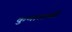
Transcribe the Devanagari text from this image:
कुणालाबी